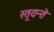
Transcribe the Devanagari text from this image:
स्तूयन्ते